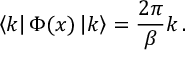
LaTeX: \left\langle k \right| \Phi ( x ) \left| k \right\rangle = \frac { 2 \pi } { \beta } k \, .